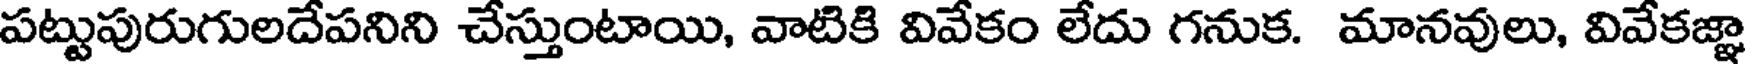
పట్టుపురుగులదేపనిని చేస్తుంటాయి, వాటికి వివేకం లేదు గనుక. మానవులు, వివేకజ్ఞా